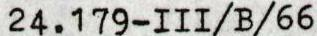
24.179-III/B/66